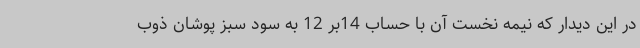
در این دیدار که نیمه نخست آن با حساب 14بر 12 به سود سبز پوشان ذوب